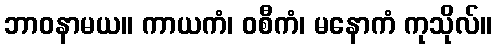
ဘာဝနာမယ။ ကာယကံ၊ ဝစီကံ၊ မနောကံ ကုသိုလ်။